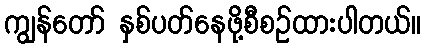
ကျွန်တော် နှစ်ပတ်နေဖို့စီစဉ်ထားပါတယ်။